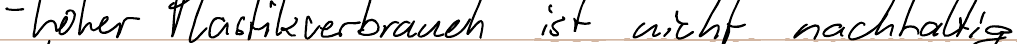
- hoher Plastikverbrauch ist nicht nachhaltig